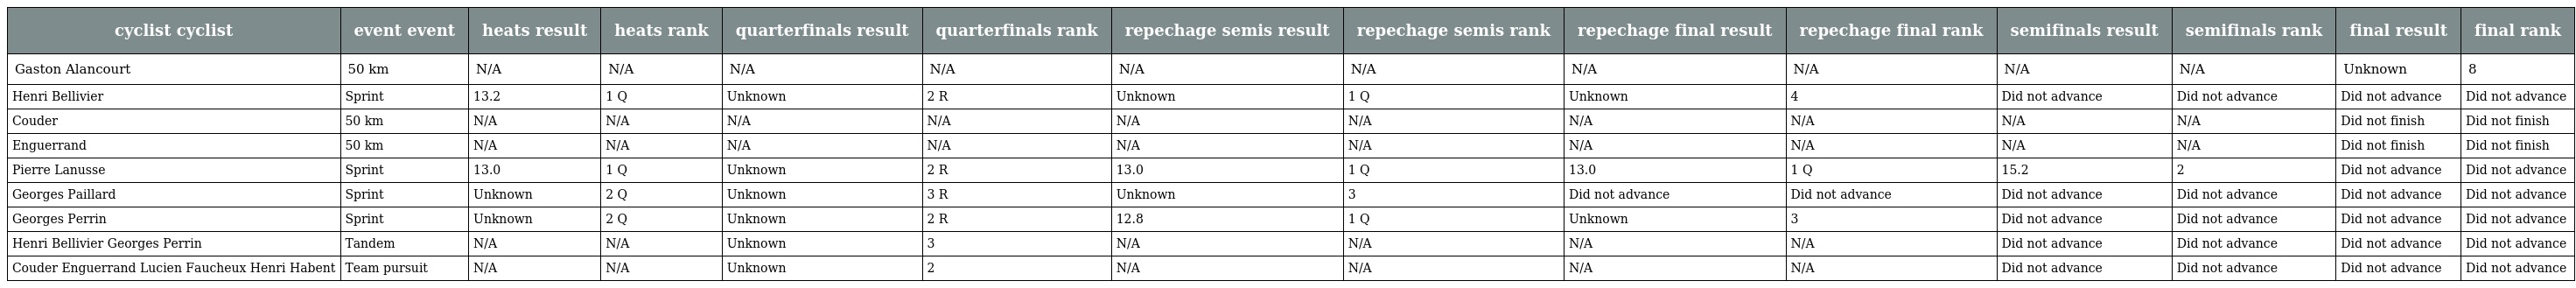
| cyclist cyclist | event event | heats result | heats rank | quarterfinals result | quarterfinals rank | repechage semis result | repechage semis rank | repechage final result | repechage final rank | semifinals result | semifinals rank | final result | final rank |
 | --- | --- | --- | --- | --- | --- | --- | --- | --- | --- | --- | --- | --- | --- |
 | Gaston Alancourt | 50 km | N/A | N/A | N/A | N/A | N/A | N/A | N/A | N/A | N/A | N/A | Unknown | 8 |
 | Henri Bellivier | Sprint | 13.2 | 1 Q | Unknown | 2 R | Unknown | 1 Q | Unknown | 4 | Did not advance | Did not advance | Did not advance | Did not advance |
 | Couder | 50 km | N/A | N/A | N/A | N/A | N/A | N/A | N/A | N/A | N/A | N/A | Did not finish | Did not finish |
 | Enguerrand | 50 km | N/A | N/A | N/A | N/A | N/A | N/A | N/A | N/A | N/A | N/A | Did not finish | Did not finish |
 | Pierre Lanusse | Sprint | 13.0 | 1 Q | Unknown | 2 R | 13.0 | 1 Q | 13.0 | 1 Q | 15.2 | 2 | Did not advance | Did not advance |
 | Georges Paillard | Sprint | Unknown | 2 Q | Unknown | 3 R | Unknown | 3 | Did not advance | Did not advance | Did not advance | Did not advance | Did not advance | Did not advance |
 | Georges Perrin | Sprint | Unknown | 2 Q | Unknown | 2 R | 12.8 | 1 Q | Unknown | 3 | Did not advance | Did not advance | Did not advance | Did not advance |
 | Henri Bellivier Georges Perrin | Tandem | N/A | N/A | Unknown | 3 | N/A | N/A | N/A | N/A | Did not advance | Did not advance | Did not advance | Did not advance |
 | Couder Enguerrand Lucien Faucheux Henri Habent | Team pursuit | N/A | N/A | Unknown | 2 | N/A | N/A | N/A | N/A | Did not advance | Did not advance | Did not advance | Did not advance |